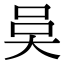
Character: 𭑍